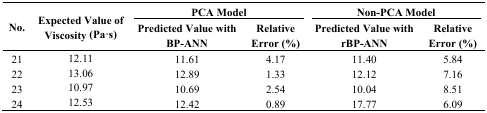
| <ROWSPAN=2> No. | <ROWSPAN=2> Expected Value of Viscosity (Pa·s) | <COLSPAN=2> PCA Model | <COLSPAN=2> Non-PCA Model |
 | Predicted Value with BP-ANN | Relative Error (%) | Predicted Value with rBP-ANN | Relative Error (%) |
 | --- | --- | --- | --- | --- | --- |
 | 21 | 12.11 | 11.61 | 4.17 | 11.40 | 5.84 |
 | 22 | 13.06 | 12.89 | 1.33 | 12.12 | 7.16 |
 | 23 | 10.97 | 10.69 | 2.54 | 10.04 | 8.51 |
 | 24 | 12.53 | 12.42 | 0.89 | 17.77 | 6.09 |